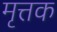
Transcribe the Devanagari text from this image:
मृत्तक